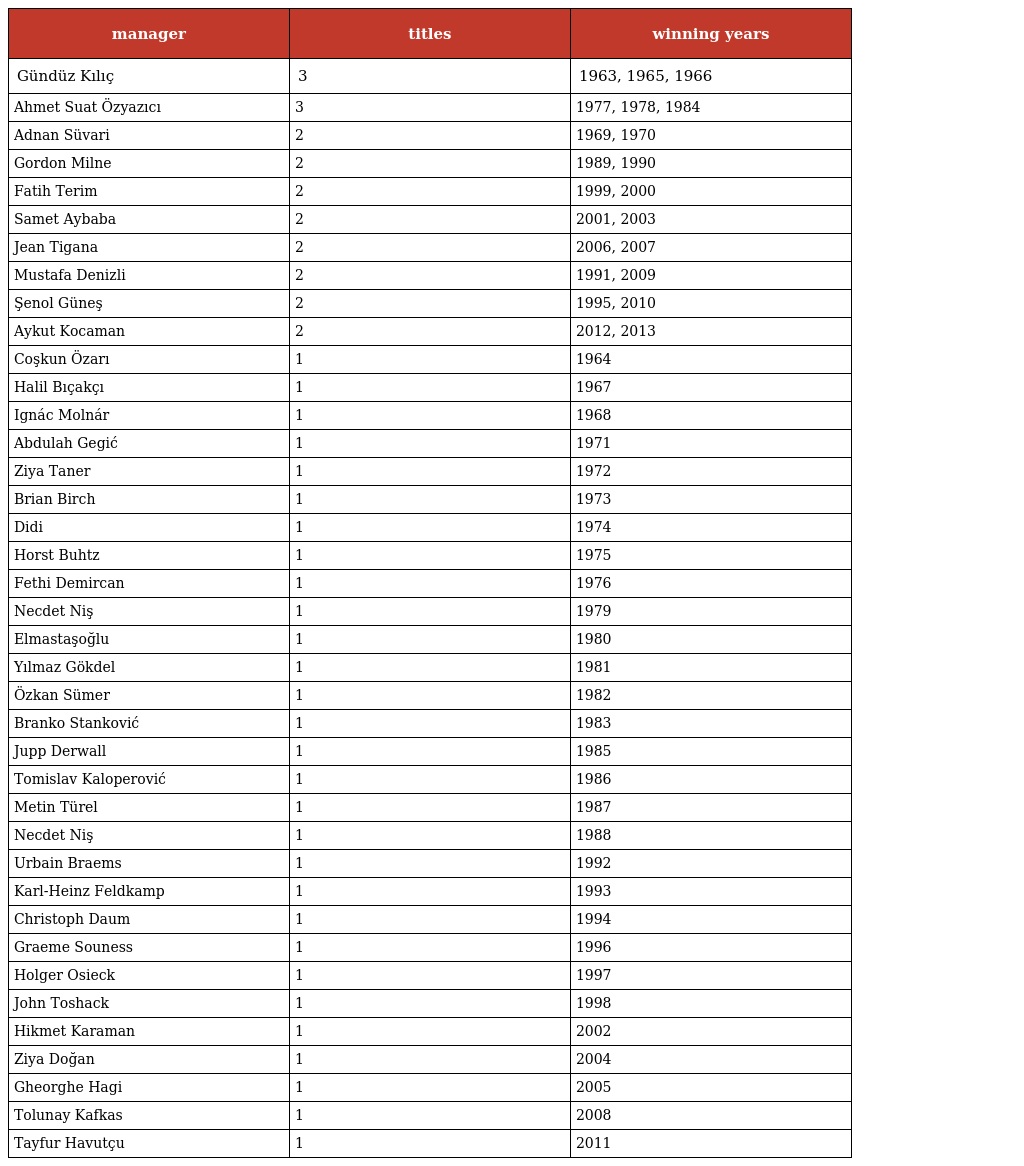
| manager | titles | winning years |
 | --- | --- | --- |
 | Gündüz Kılıç | 3 | 1963, 1965, 1966 |
 | Ahmet Suat Özyazıcı | 3 | 1977, 1978, 1984 |
 | Adnan Süvari | 2 | 1969, 1970 |
 | Gordon Milne | 2 | 1989, 1990 |
 | Fatih Terim | 2 | 1999, 2000 |
 | Samet Aybaba | 2 | 2001, 2003 |
 | Jean Tigana | 2 | 2006, 2007 |
 | Mustafa Denizli | 2 | 1991, 2009 |
 | Şenol Güneş | 2 | 1995, 2010 |
 | Aykut Kocaman | 2 | 2012, 2013 |
 | Coşkun Özarı | 1 | 1964 |
 | Halil Bıçakçı | 1 | 1967 |
 | Ignác Molnár | 1 | 1968 |
 | Abdulah Gegić | 1 | 1971 |
 | Ziya Taner | 1 | 1972 |
 | Brian Birch | 1 | 1973 |
 | Didi | 1 | 1974 |
 | Horst Buhtz | 1 | 1975 |
 | Fethi Demircan | 1 | 1976 |
 | Necdet Niş | 1 | 1979 |
 | Elmastaşoğlu | 1 | 1980 |
 | Yılmaz Gökdel | 1 | 1981 |
 | Özkan Sümer | 1 | 1982 |
 | Branko Stanković | 1 | 1983 |
 | Jupp Derwall | 1 | 1985 |
 | Tomislav Kaloperović | 1 | 1986 |
 | Metin Türel | 1 | 1987 |
 | Necdet Niş | 1 | 1988 |
 | Urbain Braems | 1 | 1992 |
 | Karl-Heinz Feldkamp | 1 | 1993 |
 | Christoph Daum | 1 | 1994 |
 | Graeme Souness | 1 | 1996 |
 | Holger Osieck | 1 | 1997 |
 | John Toshack | 1 | 1998 |
 | Hikmet Karaman | 1 | 2002 |
 | Ziya Doğan | 1 | 2004 |
 | Gheorghe Hagi | 1 | 2005 |
 | Tolunay Kafkas | 1 | 2008 |
 | Tayfur Havutçu | 1 | 2011 |